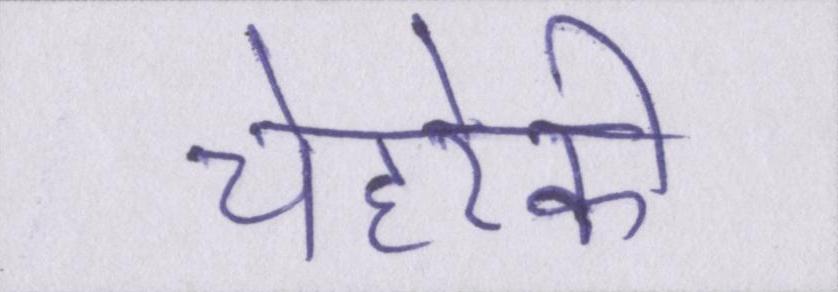
चेहरेकी